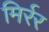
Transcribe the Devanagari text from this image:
मिर्रर